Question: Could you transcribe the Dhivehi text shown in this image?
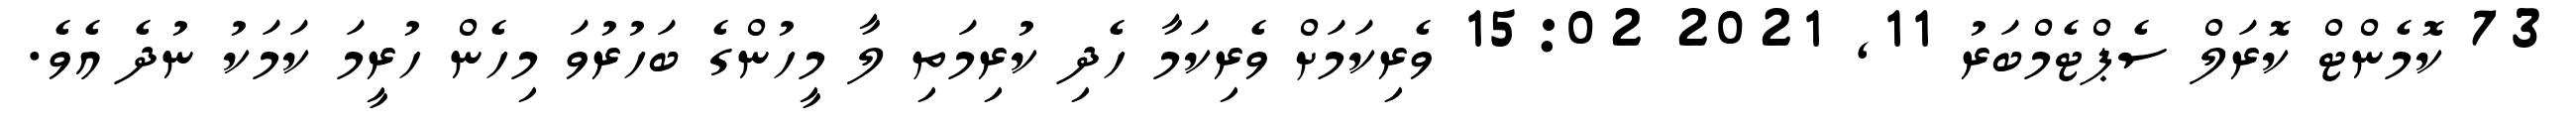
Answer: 73 ކޮމެންޓް ކޮރަލް ސެޕްޓެމްބަރު 11, 2021 15:02 ވެރިކަމަށް ވެރިކަމާ ހެދި ކުރިމަތި ލާ މީހުންގެ ބަހުރުވަ މިހެން ހުރީމަ ކަމަކު ނުދެ އެވެ.